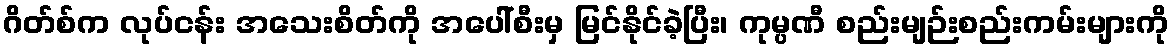
ဂိတ်စ်က လုပ်ငန်း အသေးစိတ်ကို အပေါ်စီးမှ မြင်နိုင်ခဲ့ပြီး၊ ကုမ္ပဏီ စည်းမျဉ်းစည်းကမ်းများကို